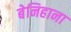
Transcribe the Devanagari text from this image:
बेनिहाना